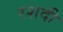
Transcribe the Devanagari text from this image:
रशदी